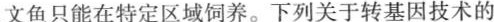
文鱼只能在特定区域饲养。下列关于转基因技术的